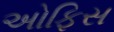
અોફિસ